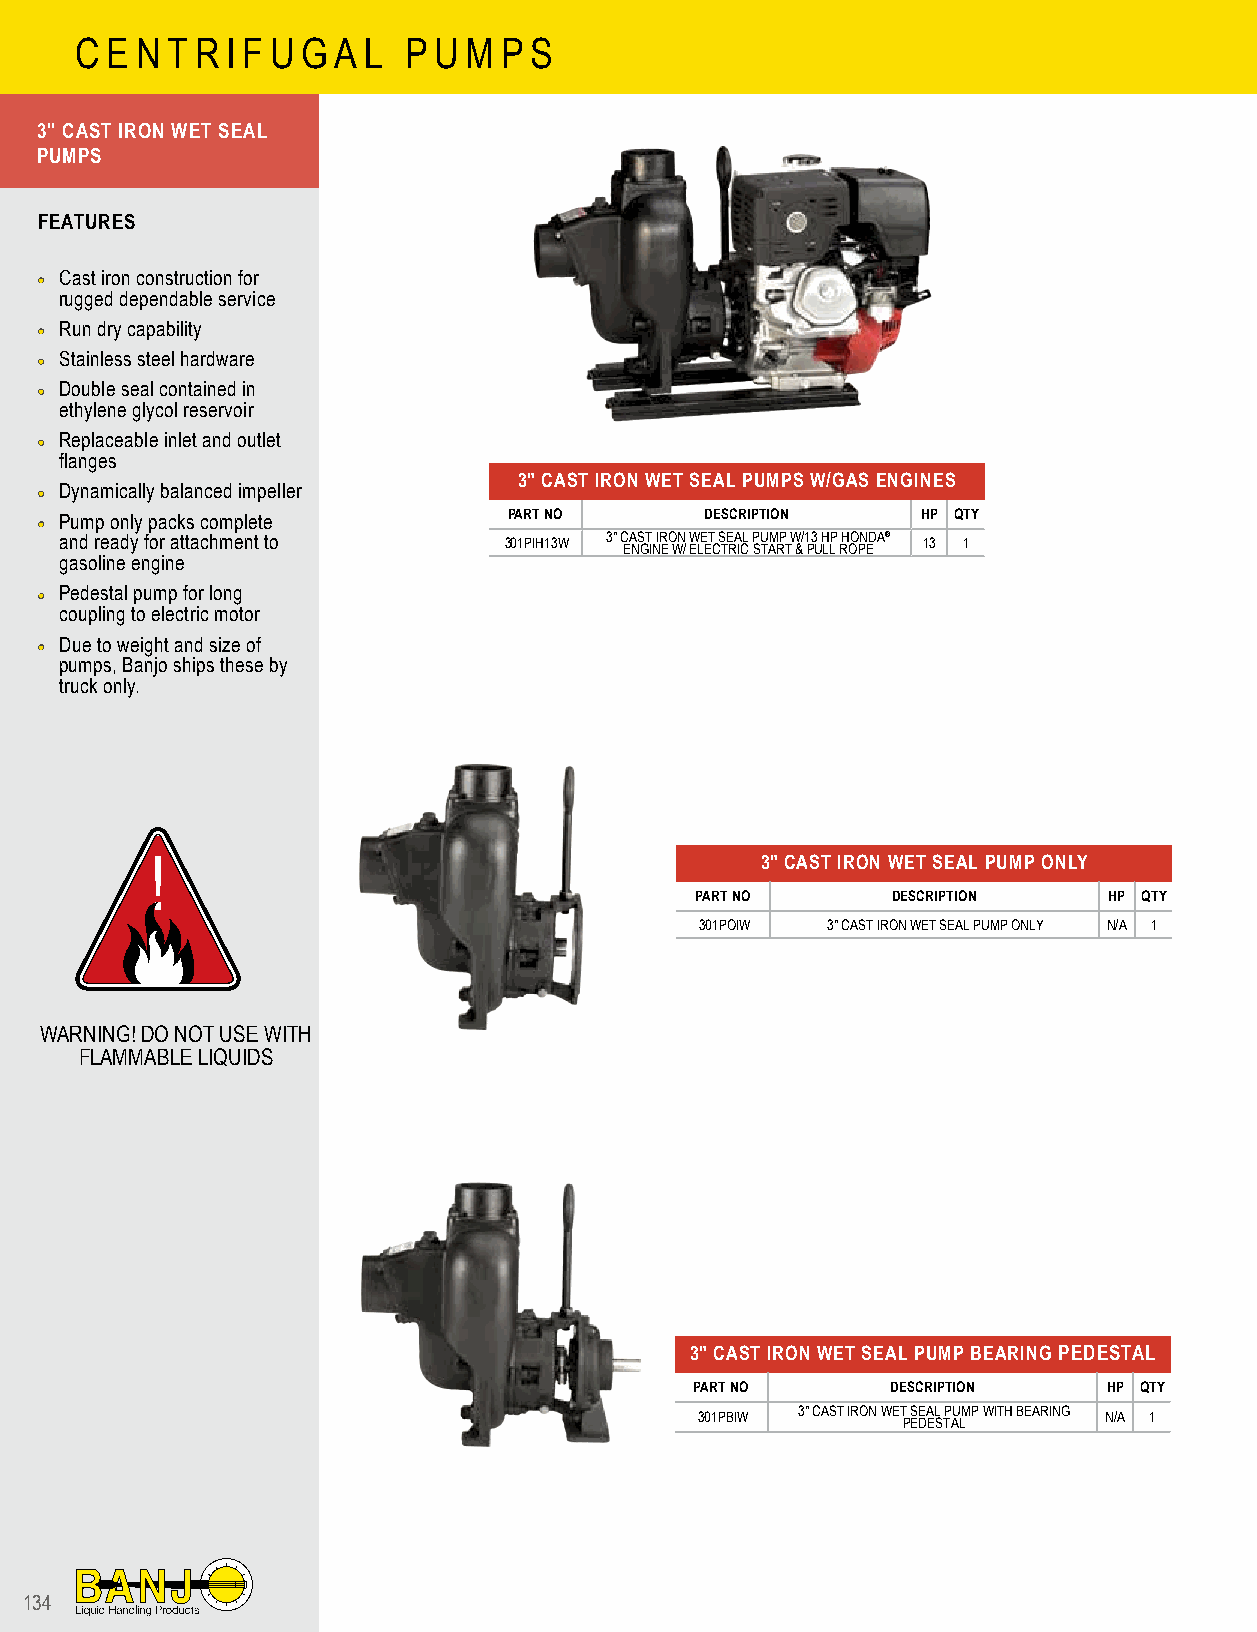
C E N T R I F U G A L P U M P S
 3" CAST IRON WET SEAL
 PUMPS
 FEATURES
 •• Cast iron construction for
 rugged dependable service
 •• Run dry capability
 •• Stainless steel hardware
 •• Double seal contained in
 ethylene glycol reservoir
 •• Replaceable inlet and outlet
 flanges
 3" CAST IRON WET SEAL PUMPS W/GAS ENGINES
 •• Dynamically balanced impeller
 •• Pump only packs complete    PART NO      DESCRIPTION   HP QTY
 and ready for attachment to  301PIH13W 3" CAST IRON WET SEAL PUMP W/13 HP HONDA® 13 1
 ENGINE W/ ELECTRIC START & PULL ROPE
 gasoline engine
 •• Pedestal pump for long
 coupling to electric motor
 •• Due to weight and size of
 pumps, Banjo ships these by
 truck only.
 !                                       3" CAST IRON WET SEAL PUMP ONLY
 PART NO      DESCRIPTION   HP QTY
 301POIW  3" CAST IRON WET SEAL PUMP ONLY N/A 1
 WARNING! DO NOT USE WITH
 FLAMMABLE LIQUIDS
 3" CAST IRON WET SEAL PUMP BEARING PEDESTAL
 PART NO      DESCRIPTION   HP QTY
 301PBIW 3" CAST IRON WET P S EE DA EL S TP AU LMP WITH BEARING N/A 1
 134